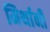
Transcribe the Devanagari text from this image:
मिर्थानी